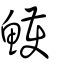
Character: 鱯